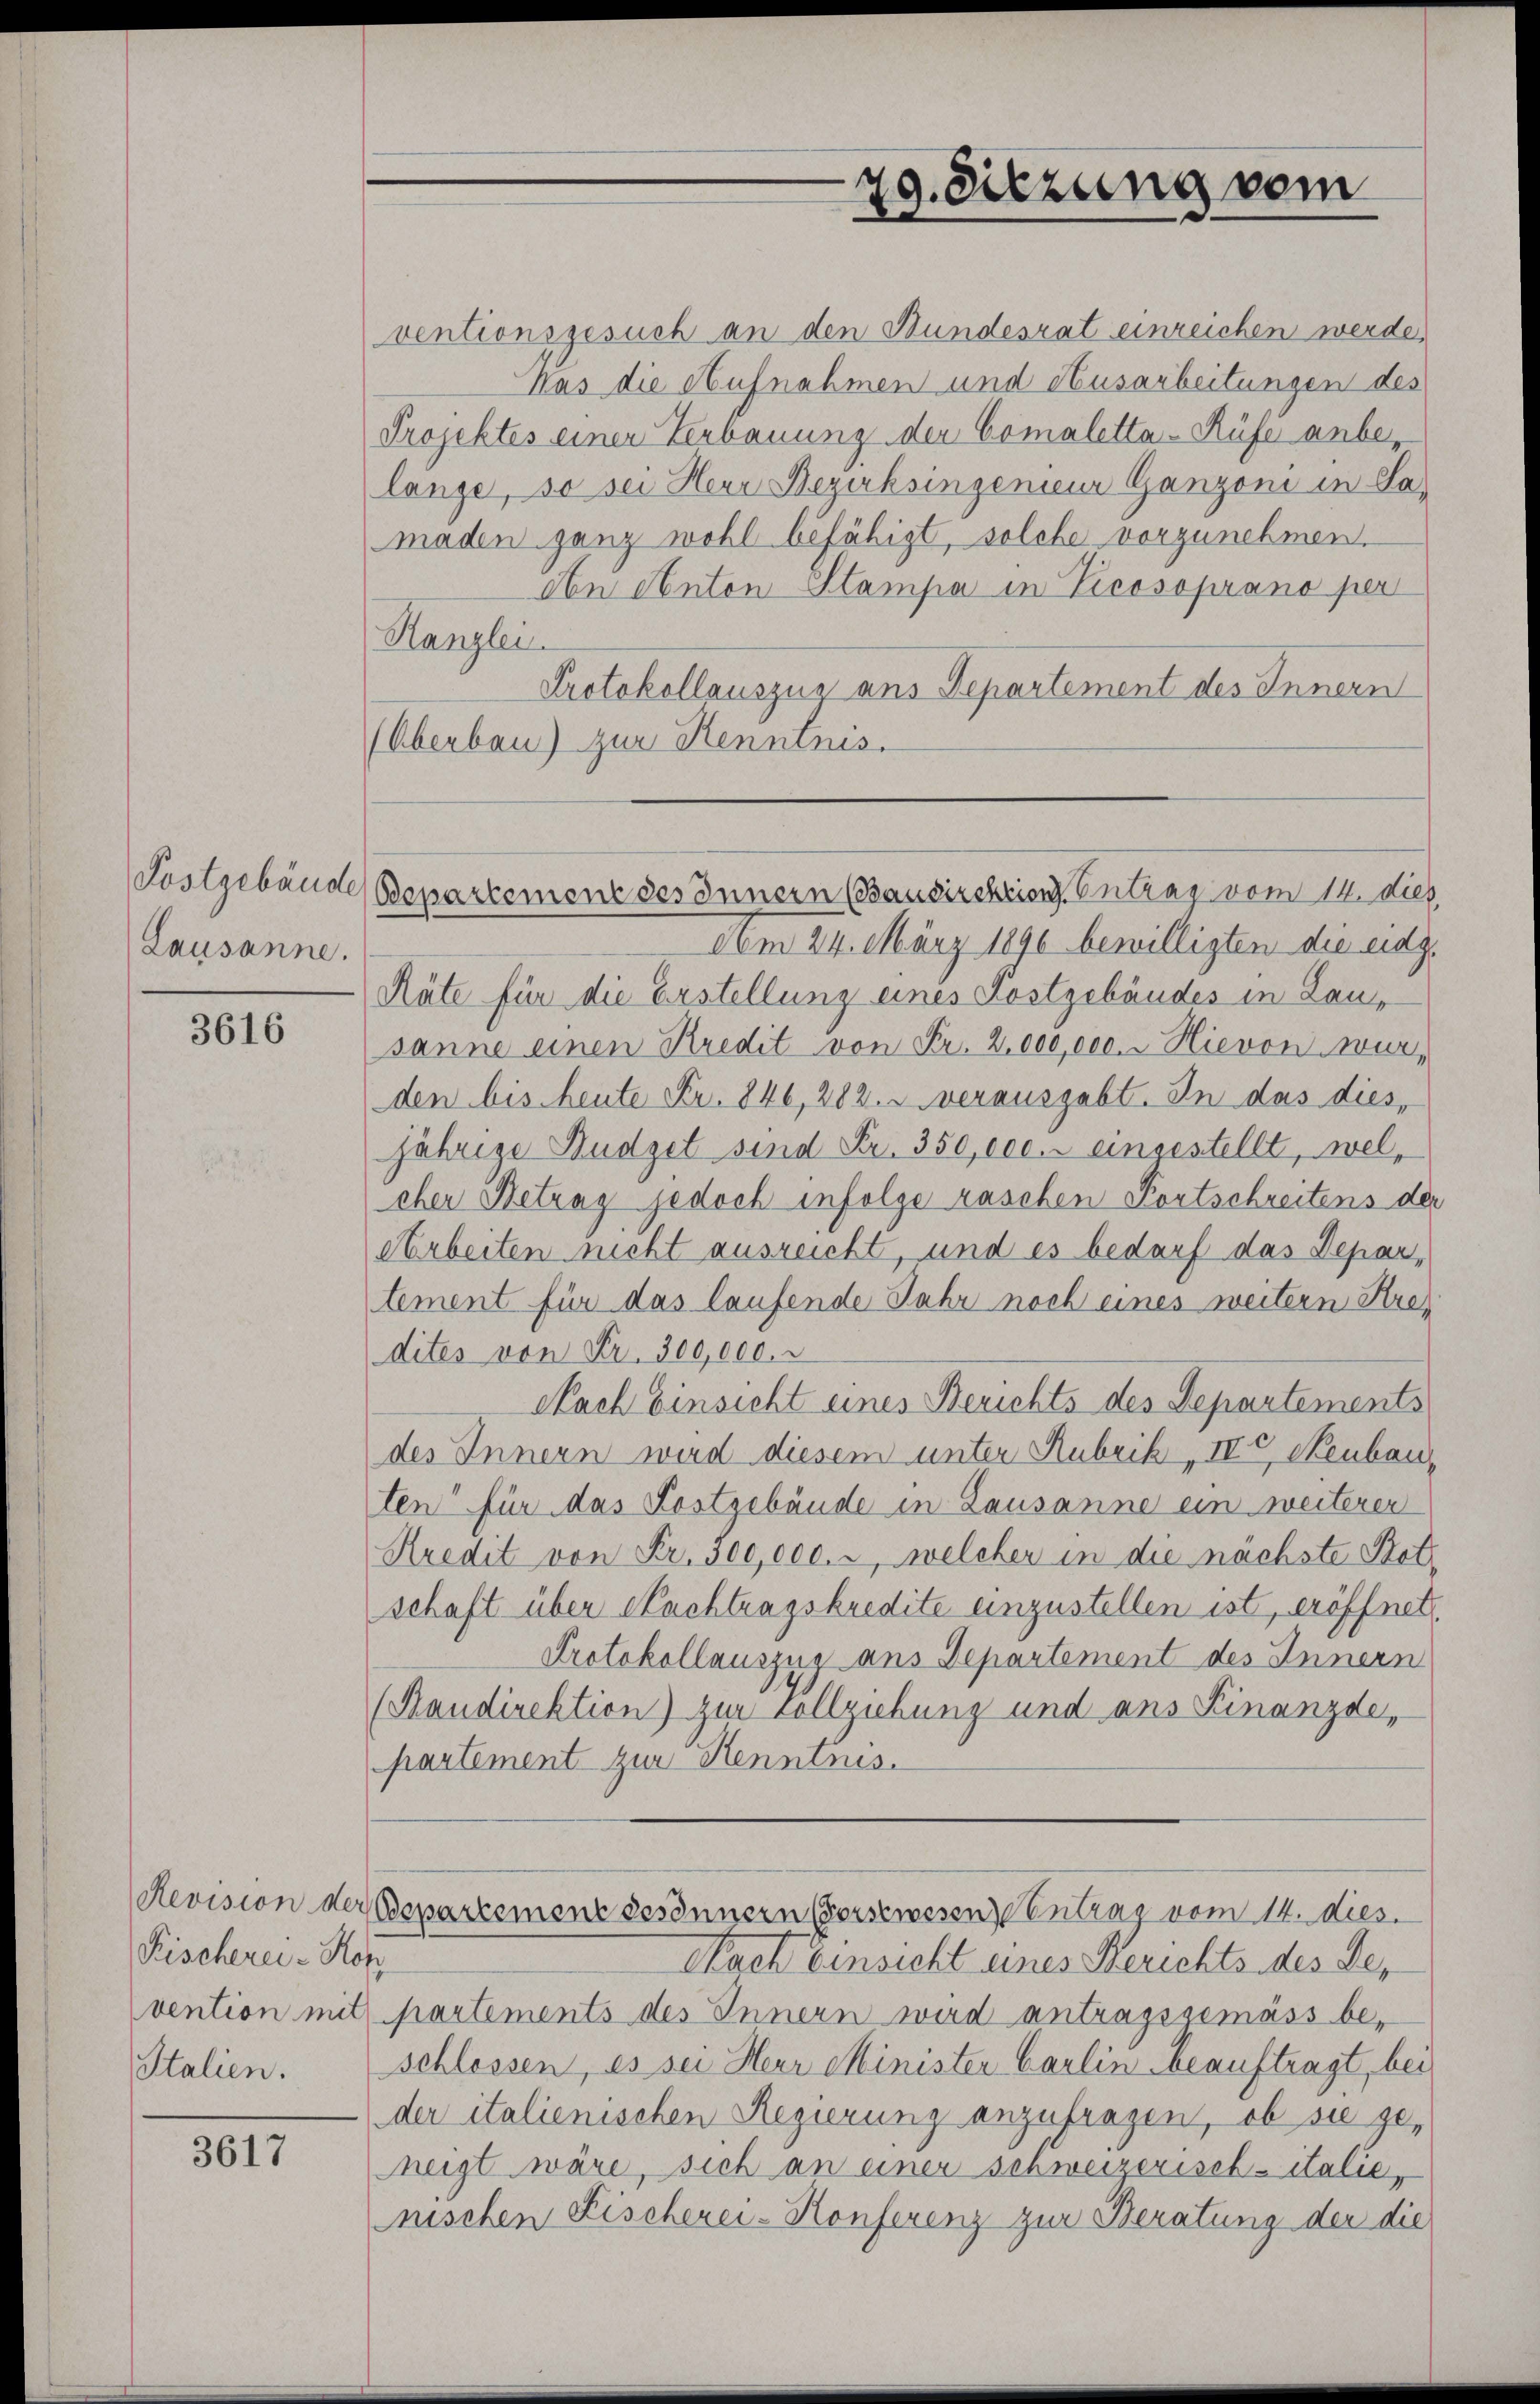
Kostgebäude
Lausanne.

3616

Fischerei - Hon
Italien.

3617

29. Sitzung vom

ventionsgesuch an den Bundesrat einreichen werde,
Was die Aufnahmen und Ausarbeitungen des
Projektes einer Verbauung der Comaletta-Rüfe anbelange, so sei Herr Bezirksingenieur Ganzoni in La-
maden ganz wohl befähigt, solche vorzunehmen.
An obnton Stampa in Vicosoprano per
Kanzlei
Protokollauszug aus Departement des Innern
Überbau) zur Kenntnis.
Am 24. März 1890 bewilligten die eidg
Räte für die Erstellung eines Kostgebäudes in Lausanne einen Kredit von Fr. 2. 000,000. Hievon wur
den bis heute Fr. 846, 282. u verausgabt. In das dies,
jährige Budget sind Fr. 350,000.- eingestellt, welchen Betrag jedoch infolge raschen Fortschreitens d
Arbeiten nicht ausreicht, und es bedarf das Departement für das laufende Jahr noch eines weitern Kre-
dites von Fr. 300,000.
Nach Einsicht eines Berichts des Departements
des Innern wird diesem unter Rubrik „IVc Neubau,
ten“ für das Kostgebäude in Lausanne ein weiterer
Kredit von Fr. 300,000. r, welcher in die nächste Bet
schaft über Nachtragskredite einzustellen ist, eröffner
Protokollauszug aus Departement des Innern
(Raudirektion) zur Vollziehung und ans Finanzde,
partement zur Kenntnis.
Revision der Bepartement besonnern (vorstwesen Eintrag/Antrag vom 14. dies
Nach Einsicht eines Berichts des Bevention mit partements des Innern wird antragsgemäss beschlossen, es sei Herr Minister Carlin beauftragt, bei
der italienischen Regierung anzufragen, ob sie geneigt wäre, sich an einer schweizerisch-italie,
nischen Fischerei-Konferenz zur Beratung der die

Bepartement des Innern (Bausirektion Eintrag/Antrag vom 14. dies